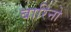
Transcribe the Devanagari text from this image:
बारिनो